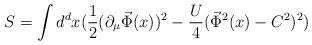
LaTeX: \begin{align*}S = \int d^dx(\frac{1}{2} (\partial_\mu \vec\Phi(x))^2 -\frac{U}{4} (\vec\Phi^2(x)-C^2)^2)\end{align*}